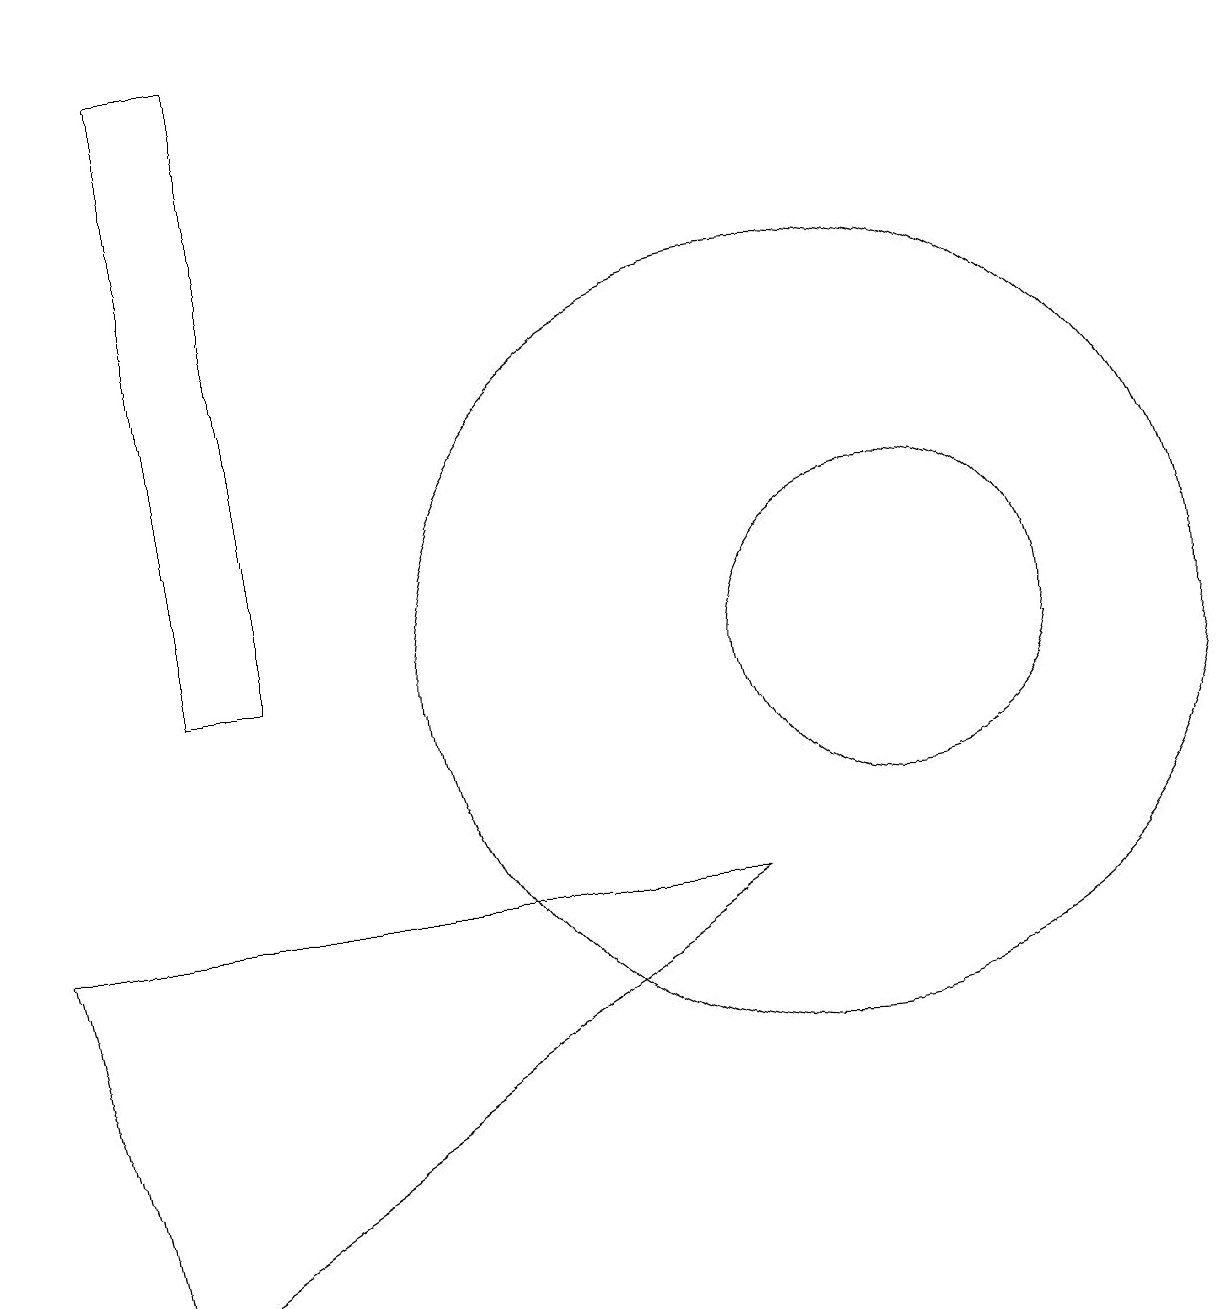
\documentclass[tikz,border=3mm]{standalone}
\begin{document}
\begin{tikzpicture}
\draw (9,8) -- (0,8) -- (1,3) -- cycle;
\draw (10,11) circle (5);
\draw (2,11) rectangle (3,19);
\draw (11,11) circle (2);
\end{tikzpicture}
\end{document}